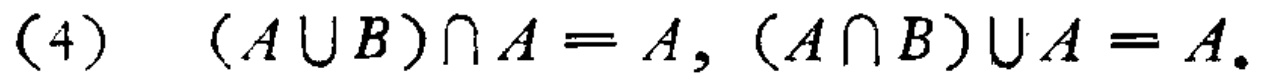
(4) \((A\cup B)\cap A = A, (A\cap B)\cup A = A.\)